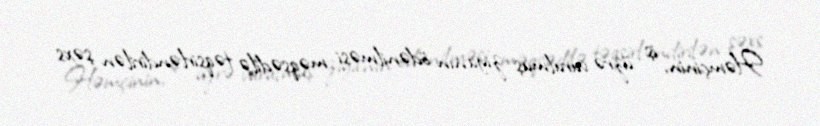
Həmçinin, iş üzrə vurulmuş ziyanın ödənilməsi məqsədilə təqsirləndirilən şəxs